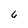
Character: 6